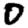
Digit: 0